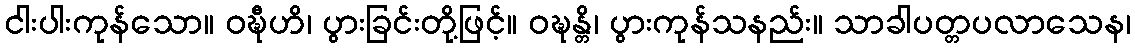
ငါးပါးကုန်သော။ ဝဍ္ဎီဟိ၊ ပွားခြင်းတို့ဖြင့်။ ဝဍ္ဎန္တိ၊ ပွားကုန်သနည်း။ သာခါပတ္တပလာသေန၊